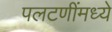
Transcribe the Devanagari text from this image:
पलटणींमध्ये